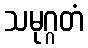
သမုဂ္ဂတံ